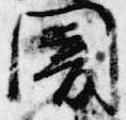
闇